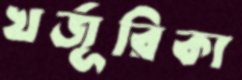
খর্জূরিকা